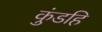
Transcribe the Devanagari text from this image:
कुंडहि